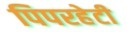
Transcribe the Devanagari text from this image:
पिपरहेटी